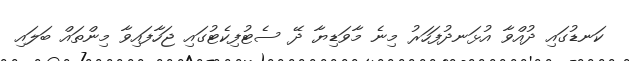
ކަނޑުގައި ދުއްވާ އުޅަނދުފަހަރު މިނެ މާވަޑިޔާ ދޭ ސެޓުފިކެޓުގައި ޖަހާފައިވާ މިންތައް ބަލައި